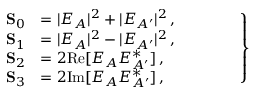
\left. \begin{array} { r l } { \mathbf { S } _ { 0 } } & { = | E _ { A } | ^ { 2 } + | E _ { A ^ { \prime } } | ^ { 2 } \, , \phantom { Z Z Z Z } } \\ { \mathbf { S } _ { 1 } } & { = | E _ { A } | ^ { 2 } - | E _ { A ^ { \prime } } | ^ { 2 } \, , } \\ { \mathbf { S } _ { 2 } } & { = 2 \mathrm { R e } [ E _ { A } E _ { A ^ { \prime } } ^ { \ast } ] \, , } \\ { \mathbf { S } _ { 3 } } & { = 2 \mathrm { I m } [ E _ { A } E _ { A ^ { \prime } } ^ { \ast } ] \, , } \end{array} \right\}